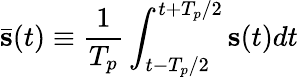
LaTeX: \bar{\mathbf s}(t)\equiv\frac{1}{T_{p}}\int_{t-T_{p}/2}^{t+T_{p}/2}{\mathbf s}(t)dt